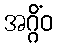
အဂ္ဂိံဝ